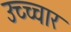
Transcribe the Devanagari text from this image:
उच्च्चार